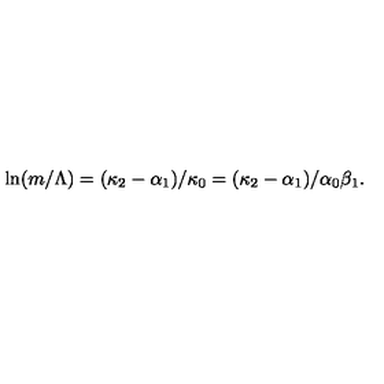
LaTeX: \ln ( m / \Lambda ) = ( \kappa _ { 2 } - \alpha _ { 1 } ) / \kappa _ { 0 } = ( \kappa _ { 2 } - \alpha _ { 1 } ) / \alpha _ { 0 } \beta _ { 1 } .